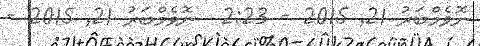
ނޮވެމްބަރު 21